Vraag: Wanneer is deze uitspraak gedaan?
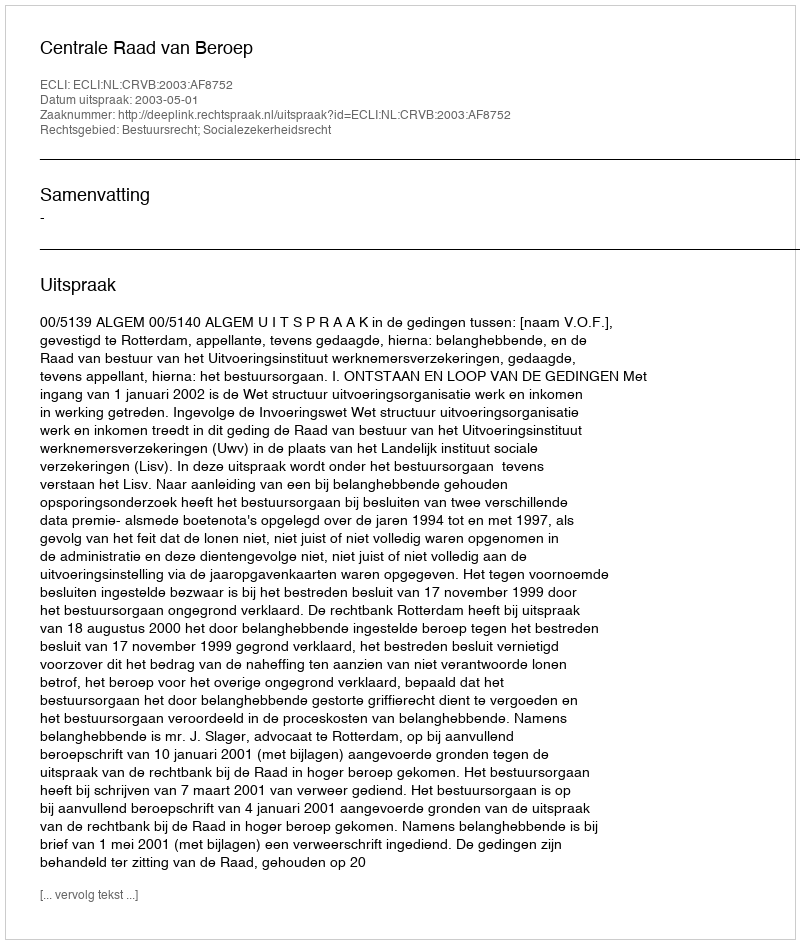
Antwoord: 2003-05-01